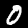
Digit: 0